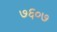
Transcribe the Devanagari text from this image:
७६०७